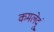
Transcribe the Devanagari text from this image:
कमलेदुं